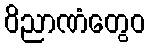
ဝိညာဏံတွေဝ